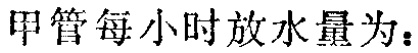
甲管每小时放水量为：